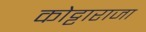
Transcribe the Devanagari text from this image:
कोट्टाराजा